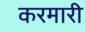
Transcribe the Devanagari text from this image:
करमारी